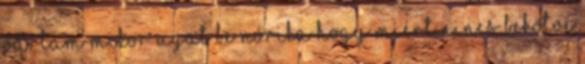
vártam mikor ugat be Nórika hogy miért nincs bekötve